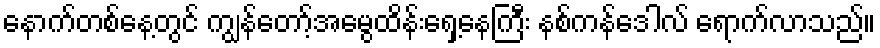
နောက်တစ်နေ့တွင် ကျွန်တော့်အမွေထိန်းရှေ့နေကြီး နစ်ကန်ဒေါလ် ရောက်လာသည်။